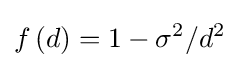
f\left(d\right)=1-\sigma ^{2}/d^{2}